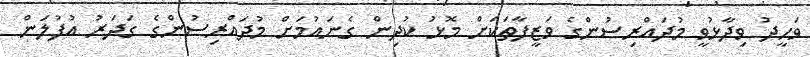
ވަހީދު ވިދާޅުވީ މުދައްރިސުންގެ ވަޒީފާތަކަށް މޮޅު ކުދިން ގެނައުމަށް މުދައްރިސުންގެ ގަދަރު އުފުލަން